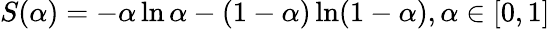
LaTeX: S(\alpha)=-\alpha\ln\alpha-(1-\alpha)\ln(1-\alpha),\alpha\in[0,1]